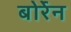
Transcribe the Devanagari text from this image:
बोर्रेन